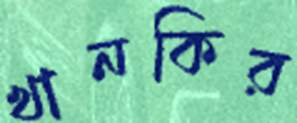
খানকির